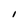
Character: I